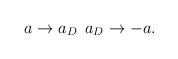
LaTeX: \begin{align*}a \rightarrow a_{D} \> \> a_{D} \rightarrow -a.\end{align*}